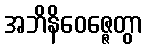
အဘိနိဝေဇ္ဇေတွာ